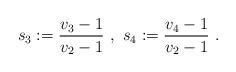
LaTeX: \begin{align*} \,\, s_3 := \frac{v_3-1}{v_2-1}\,\, ,\,\, s_4 := \frac{v_4 -1}{v_2 -1}\,\, .\end{align*}